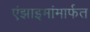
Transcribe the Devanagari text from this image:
एंझाइमांमार्फत